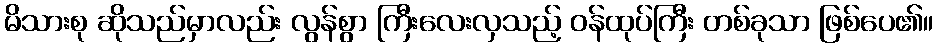
မိသားစု ဆိုသည်မှာလည်း လွန်စွာ ကြီးလေးလှသည့် ဝန်ထုပ်ကြီး တစ်ခုသာ ဖြစ်ပေ၏။